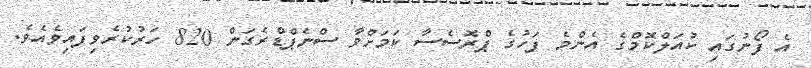
އެ ފޯނުގައި ކުއަލްކޮމްގެ އެންމެ ފަހުުގެ ޕްރޮސެސާ ކަމަށްވާ ސްނެޕްޑްރެގަން 820 ހަރުކުރެވިފައިވެއެވެ.